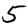
Digit: 5